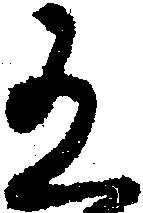
有